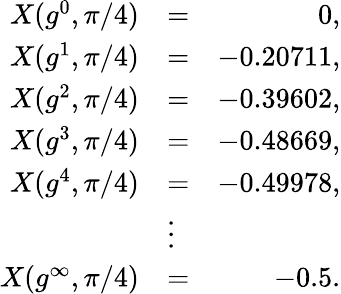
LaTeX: \begin{array}{rlr}{X(g^{0},\pi/4)}&{=}&{0,}\\ {X(g^{1},\pi/4)}&{=}&{-0.20711,}\\ {X(g^{2},\pi/4)}&{=}&{-0.39602,}\\ {X(g^{3},\pi/4)}&{=}&{-0.48669,}\\ {X(g^{4},\pi/4)}&{=}&{-0.49978,}\\ &{\vdots}&\\ {X(g^{\infty},\pi/4)}&{=}&{-0.5.}\end{array}